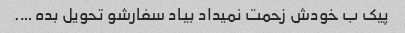
پیک ب خودش زحمت نمیداد بیاد سفارشو تحویل بده ….